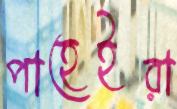
পাহেইরা